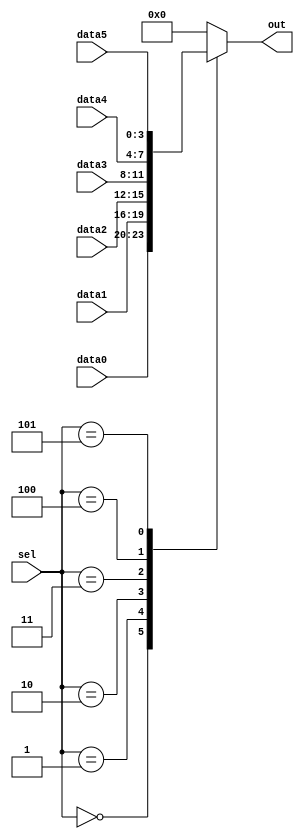
// synthesis verilog_input_version verilog_2001
module top_module ( 
    input [2:0] sel, 
    input [3:0] data0,
    input [3:0] data1,
    input [3:0] data2,
    input [3:0] data3,
    input [3:0] data4,
    input [3:0] data5,
    output reg [3:0] out   );//

    always@(*) begin  // This is a combinational circuit
        case(sel)
            3'h0:out = data0;
            3'h1:out = data1;
            3'h2:out = data2;
            3'h3:out = data3;
            3'h4:out = data4;
            3'h5:out = data5;
            default:out = 4'b0000;
        endcase
    end

endmodule